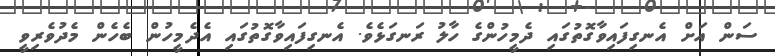
ސަން އަށް އެނގިފައިވާގޮތުގައި ދެމީހުންގެ ހާލު ރަނގަޅެވެ. އެނގިފައިވާގޮތުގައި އެދެމީހުން ބެހެން މެދުވެރިވީ